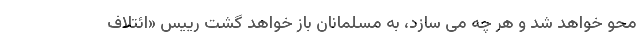
محو خواهد شد و هر چه می سازد، به مسلمانان باز خواهد گشت رییس «ائتلاف